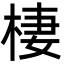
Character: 棲